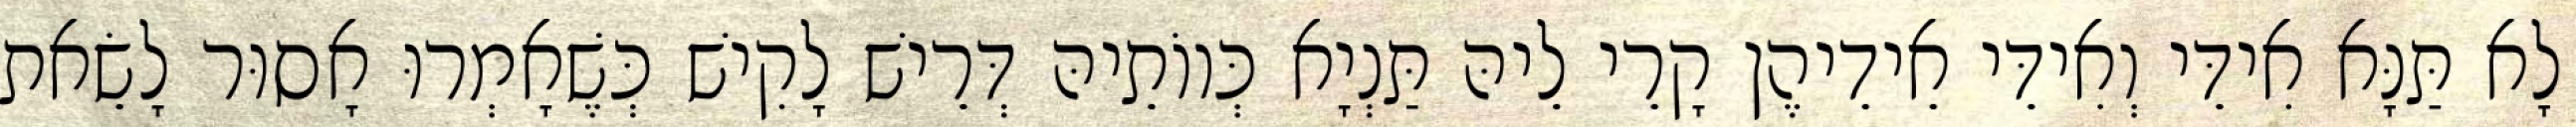
לָא תַּנָּא אִידֵּי וְאִידֵּי אֵידֵיהֶן קָרֵי לֵיהּ תַּנְיָא כְּווֹתֵיהּ דְּרֵישׁ לָקִישׁ כְּשֶׁאָמְרוּ אָסוּר לָשֵׂאת